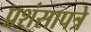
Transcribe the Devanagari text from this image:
प्रशंसापत्रे